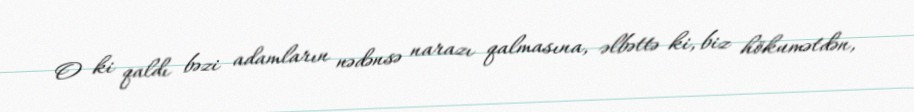
O ki qaldı bəzi adamların nədənsə narazı qalmasına, əlbəttə ki, biz hökumətdən,